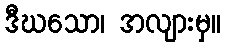
ဒီဃသော၊ အလျားမှ။